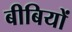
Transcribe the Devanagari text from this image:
बीबियों